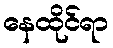
နေထိုင်ရာ